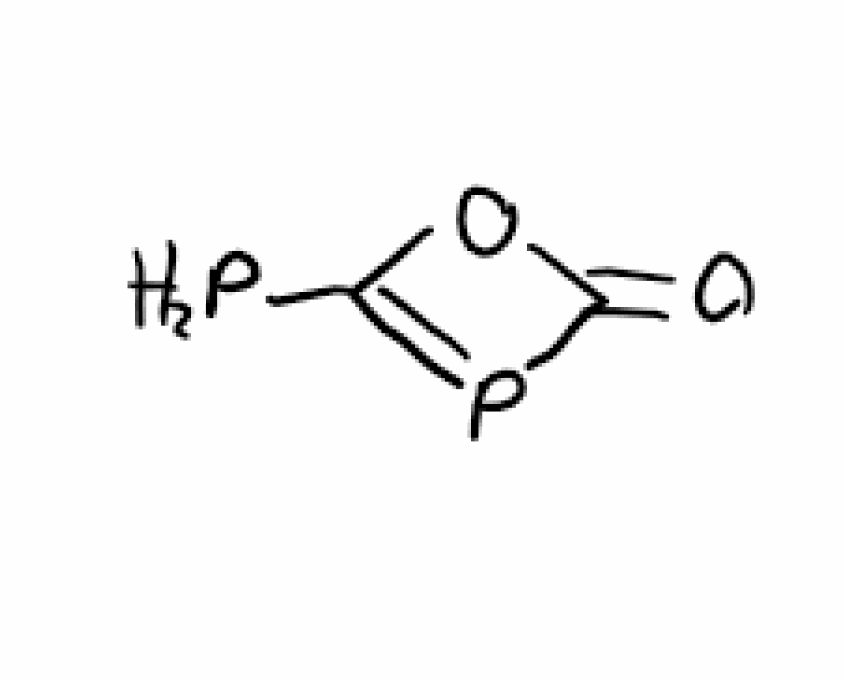
Simplified molecular-input line-entry system (SMILES) notation of the given molecule:
C1(=O)OC(=P1)P